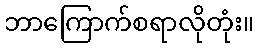
ဘာကြောက်စရာလိုတုံး။